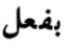
بفعل